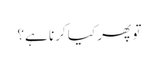
تو پھر کیا کرنا ہے؟